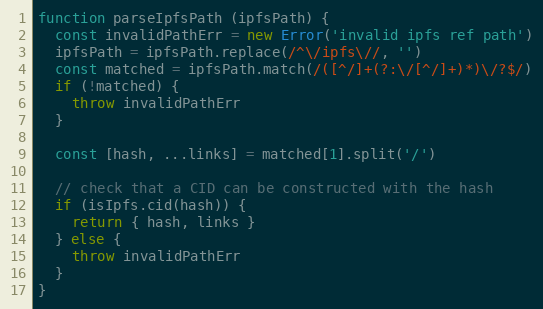
Language: JavaScript
function parseIpfsPath (ipfsPath) {
  const invalidPathErr = new Error('invalid ipfs ref path')
  ipfsPath = ipfsPath.replace(/^\/ipfs\//, '')
  const matched = ipfsPath.match(/([^/]+(?:\/[^/]+)*)\/?$/)
  if (!matched) {
    throw invalidPathErr
  }

  const [hash, ...links] = matched[1].split('/')

  // check that a CID can be constructed with the hash
  if (isIpfs.cid(hash)) {
    return { hash, links }
  } else {
    throw invalidPathErr
  }
}